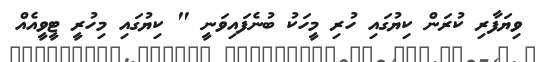
ވިޔަފާރި ކުރަން ކިޔުގައި ހުރި މީހަކު ބުނެފައިވަނީ " ކިޔުގައި މިހުރީ ޓީވީއެއް